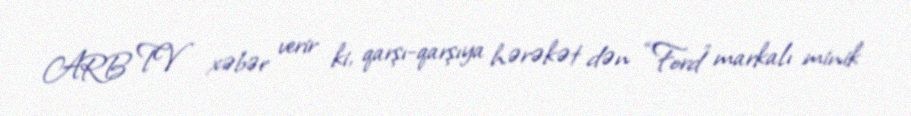
ARB TV xəbər verir ki, qarşı-qarşıya hərəkət dən “Ford” markalı minik